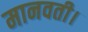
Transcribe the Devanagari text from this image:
मानवती।